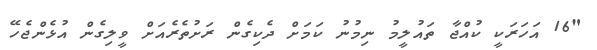
"16 އަހަރަކީ ކުއްޖާ ތައުލީމު ނިމުނު ކަމަށް ދެކިގެން ރަށުތެރެއަށް ވީލިގެން އުޅެންޖެހޭ